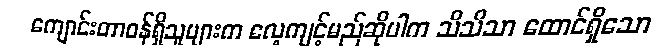
ကျောင်းတာဝန်ရှိသူများက လေ့ကျင့်မည်ဆိုပါက သိသိသာ ထောင်ရှိသော